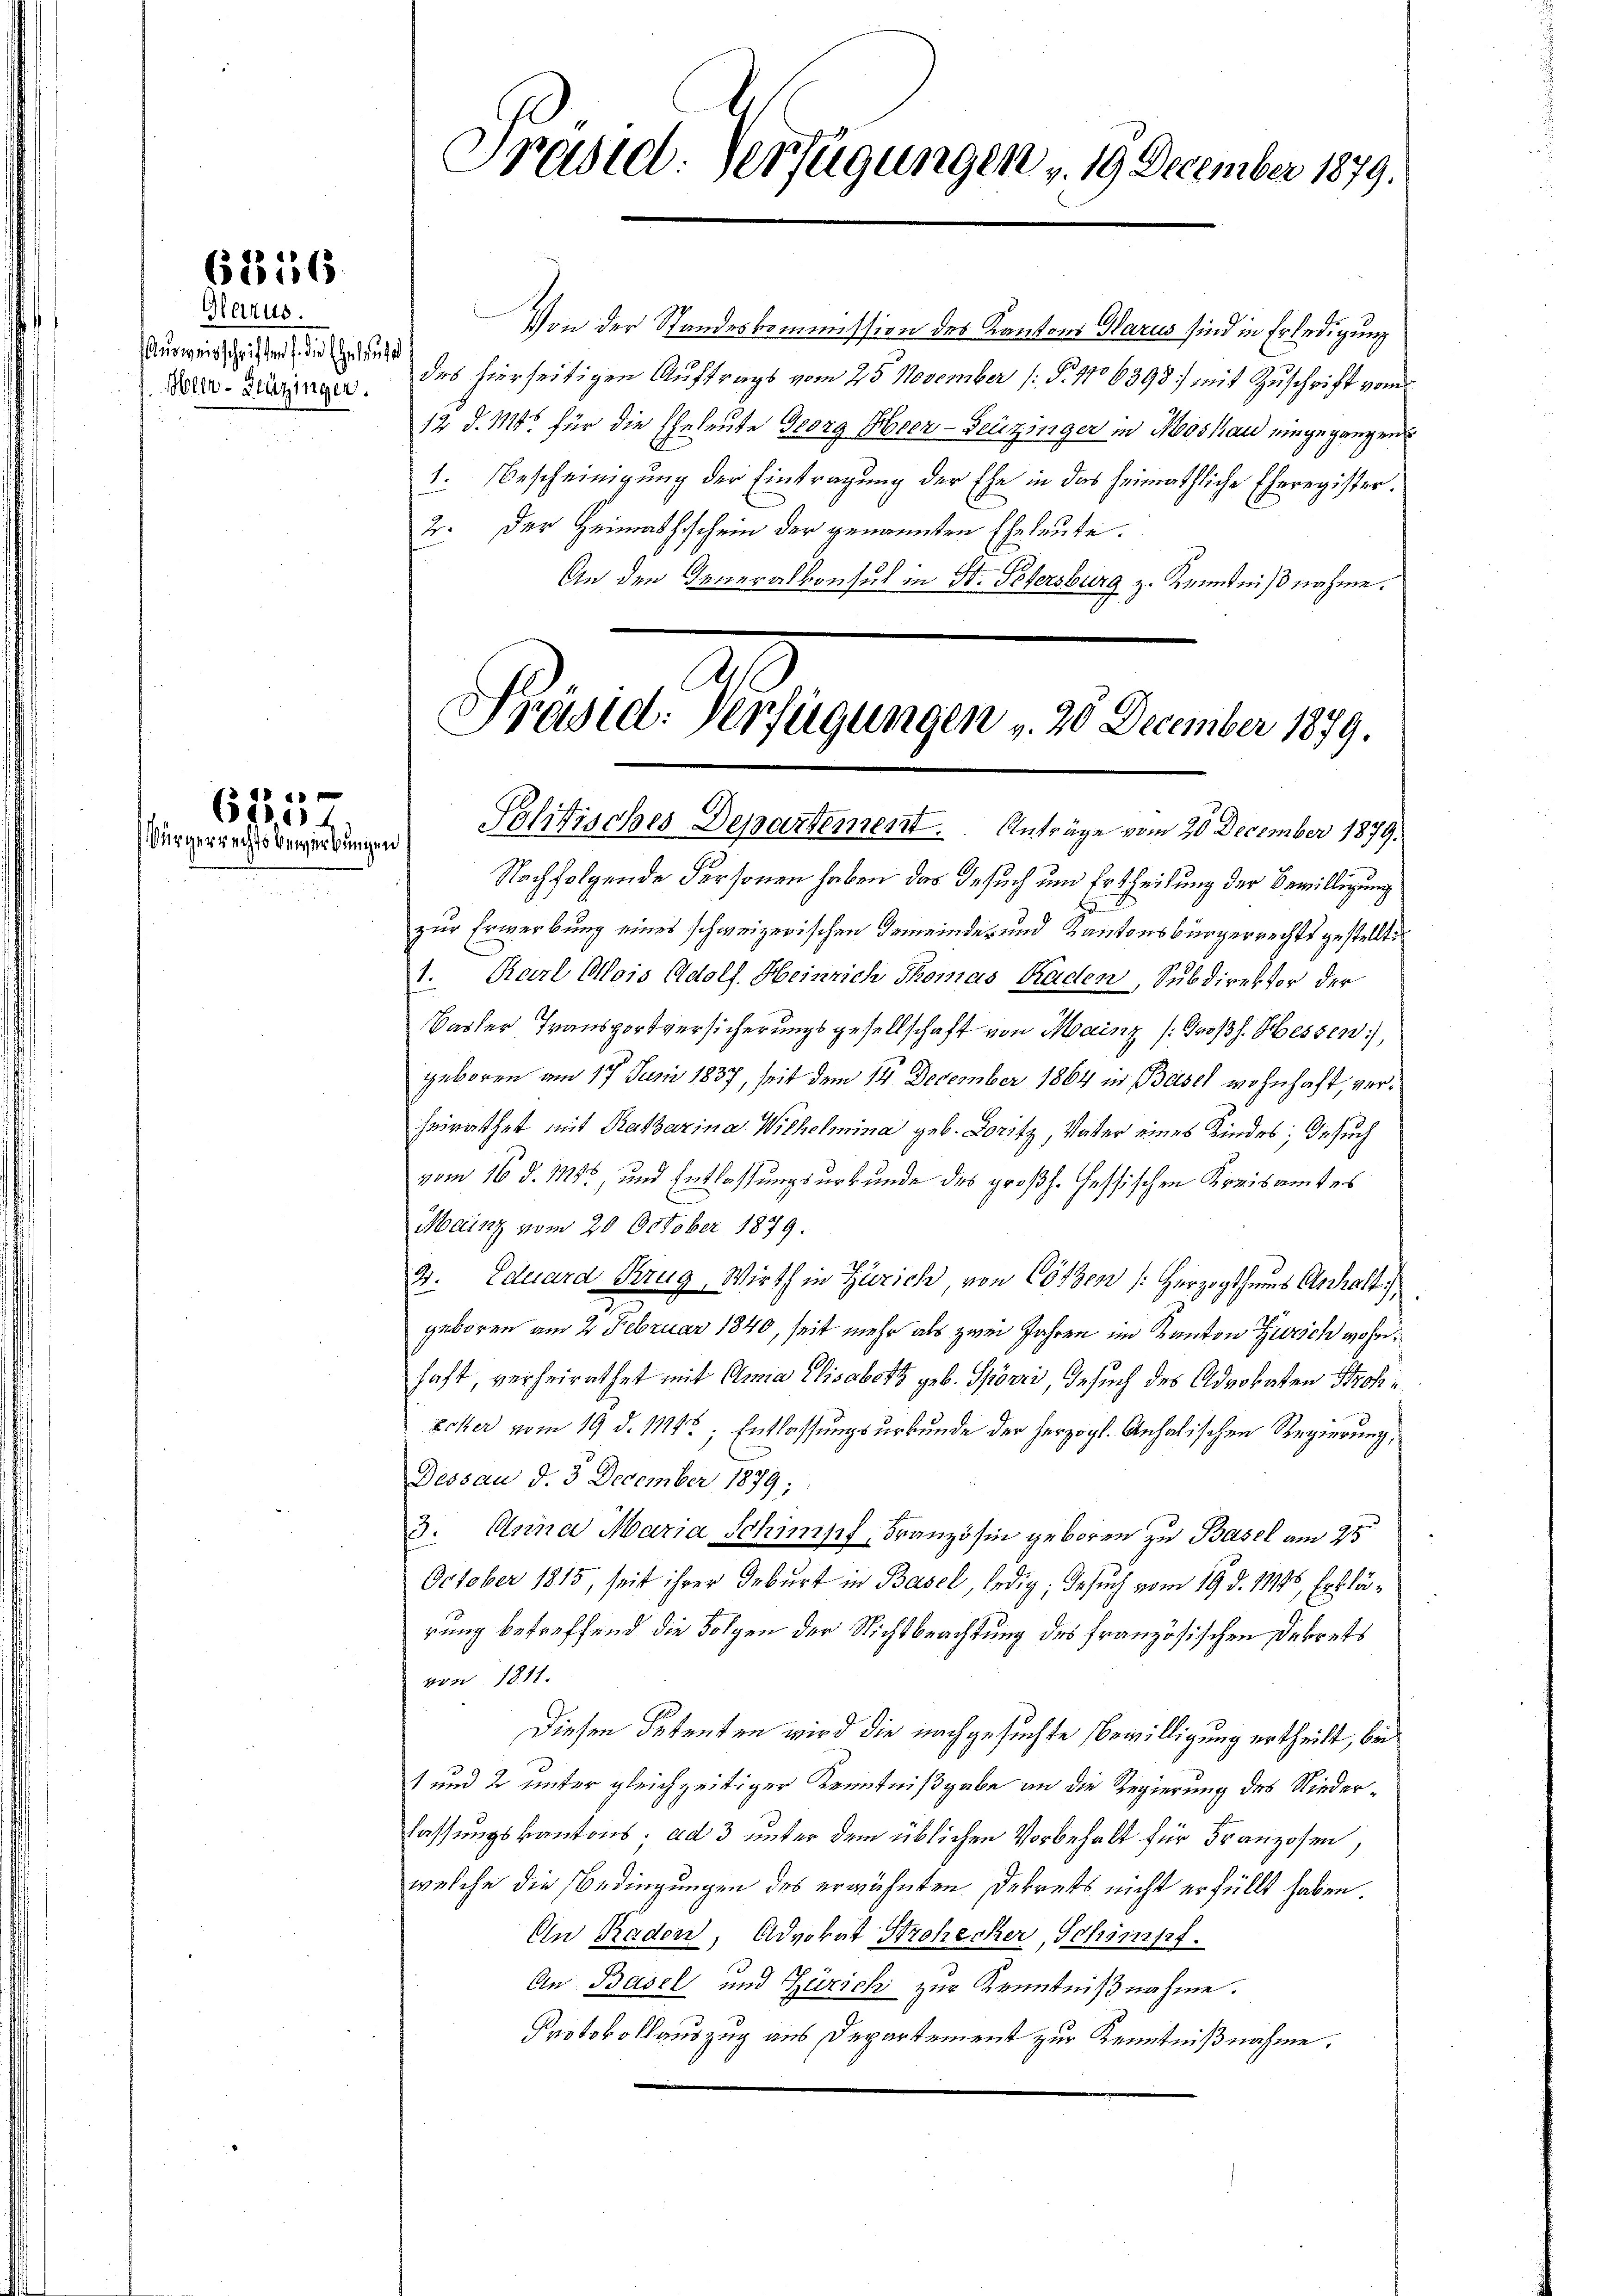
¬

6816

Harus.
Ausweisschriften die Eheleut
bler-Heuzinger.

625
rgerrechtsbewerbungen

Präsid. Verfügungen v. 19 December 1879.

Von der Standeskommission des Kantons Warus sind in Erledigung
1
des hierseitigen Auftrags vom 25. November (§. 1106398) mit Zuschrift vom
12 d. M. für die Eheleute Georg Heer-Feuziger in Moskau eingegangen
1. Bescheinigung der Eintragung der Ehe in das heimathliche Eheregister¬
2. Der Heimathschein der genannten Eheleute.
An den Generalkonsul in St. Petersburg z. Kenntnißnahme.

Präsid: Verfügungen v. 20 December 1879.
Politisches Departement. Anträge vom 20 December 1879.

Nachfolgende Personen haben das Besuch und Ertheilung der Bewilligung
zur Erwerbung eines schweizerischen Gemeinde- und Kantonsbürgerrechts gestellt:
1. Karl Alois Adolf Heinrich Thomas Radten, Subdirektor der
Basler Transportversicherungsgesellschaft von Mainz /: Großh. Hessen,
geboren am 17. Juni 1837, seit dem 14 December 1864 in Basel wohnhaft, verheirathet mit Ratharina Wilhelmina geb. Loritz, Vater eines Kindes; Gesuch
vom 16. d. 155, und Entlassungsurkunde des großh. Hessischen Kreisamtes
Mainz vom 20 October 1879.
2: Eduard Brug, Wirth in Zürich, von Cossen /: Herzogthums Aschaft
geboren am 2 Februar 1840, seit mehr als zwei Jahren im Kanton Zürich wohnhaft, verheirathet mit Anna Elisabett geb. Spörri, Gesuch des Advokaten Stroh u
Ecker vom 19. d. 1114t; Entlassungsurkunde der herzogl. Anhalischen Regierung,
Dessau d. 3 December 1879;
3. Anna Maria Schimpf, Französin geboren zu Basel am 25.
October 1815, seit ihrer Geburt in Basel, ledig, Gesuch vom 19. d. 11446, Erklärung betreffend die Folgen der Nichtbeachtung des französischen Dekrets
von 1811.
Diesen Petenten wird die nachgesuchte Bewilligung ertheilt, bei
1 und 2 unter gleichzeitiger Kenntnißgabe an die Regierung des Niederlassungskantons, ad 3 unter dem üblichen Vorbehalt für Franzosen,
welche die Bedingungen des erwähnten Dekrets nicht erfüllt haben.
An Raden, Advokat Strohecker, Schischt
An Basel und Zürich zur Kenntnißnahme.
Protokollauszug aus Departement zur Kenntnißnahme.